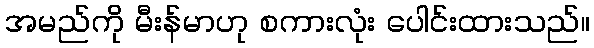
အမည်ကို မီးန်မာဟု စကားလုံး ပေါင်းထားသည်။